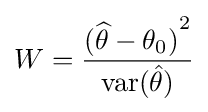
W={\frac {{({\widehat {\theta }}-\theta _{0})}^{2}}{\operatorname {var} ({\hat {\theta }})}}